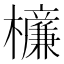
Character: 𣟚